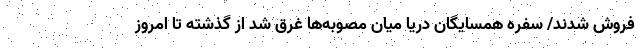
فروش شدند/ سفره‌ همسایگان دریا میان مصوبه‌ها غرق شد از گذشته تا امروز